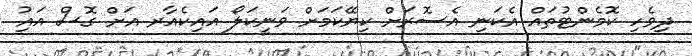
ދިވެހި ކޮމެންޓުތައް އެކަނި އެސޮރަށް ކިޔޭކަމަށް ވަނީކަލޯ އައިކެއާރ އަށް ގޮސް އައިު